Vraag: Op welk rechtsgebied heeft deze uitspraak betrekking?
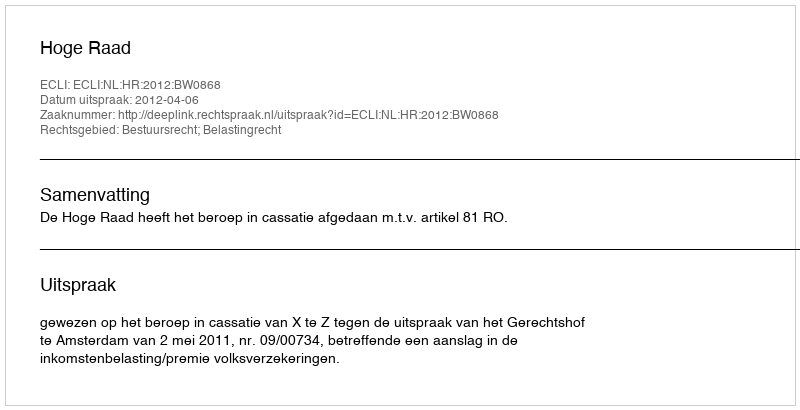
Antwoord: Bestuursrecht; Belastingrecht